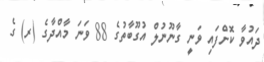
ދައުވާ ކޮށްފައި ވަނީ ގާނޫނުލް އުގޫބާތުގެ 88 ވަނަ މާއްދާގެ (ރ) ގެ